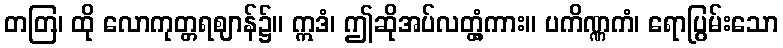
တတြ၊ ထို လောကုတ္တရဈာန်၌။ ဣဒံ၊ ဤဆိုအပ်လတ္တံ့ကား။ ပကိဏ္ဏကံ၊ ရောပြွမ်းသော